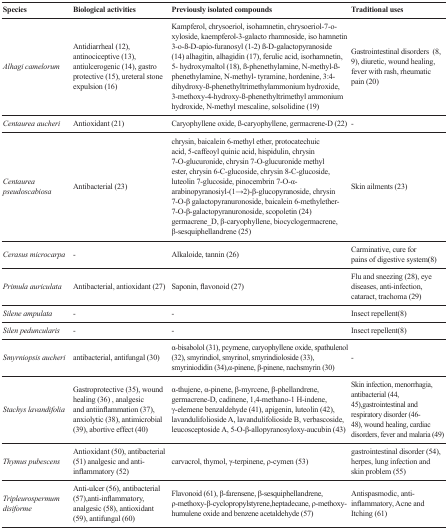
<table><thead><tr><td><b>Species</b></td><td><b>Biological activities</b></td><td><b>Previously isolated compounds</b></td><td><b>Traditional uses</b></td></tr></thead><tbody><tr><td><i>Alhagi camelorum</i></td><td>Antidiarrheal (12), antinociceptive (13), antiulcerogenic (14), gastro protective (15), ureteral stone expulsion (16)</td><td>Kampferol, chrysoeriol, isohamnetin, chrysoeriol-7-o-xyloside, kaempferol-3-galacto rhamnoside, iso hamnetin 3-o-ß-D-apio-furanosyl (1-2) ß-D-galactopyranoside (14) alhagitin, alhagidin (17), ferulic acid, isorhamnetin, 5- hydroxymaltol (18), ß-phenethylamine, N-methyl-ß-phenethylamine, N-methyl- tyramine, hordenine, 3:4- dihydroxy-ß-phenethyltrimethylammonium hydroxide, 3-methoxy-4-hydroxy-ß-phenethyltrimethyl ammonium hydroxide, N-methyl mescaline, solsolidine (19)</td><td>Gastrointestinal disorders (8, 9), diuretic, wound healing, fever with rash, rheumatic pain (20)</td></tr><tr><td><i>Centaurea aucheri</i></td><td>Antioxidant (21)</td><td>Caryophyllene oxide, ß-caryophyllene, germacrene-D (22)</td><td>-</td></tr><tr><td><i>Centaurea pseudoscabiosa</i></td><td>Antibacterial (23)</td><td>chrysin, baicalein 6-methyl ether, protocatechuic acid, 5-caffeoyl quinic acid, hispidulin, chrysin 7-O-glucuronide, chrysin 7-O-glucuronide methyl ester, chrysin 6-C-glucoside, chrysin 8-C-glucoside, luteolin 7-glucoside, pinocembrin 7-O-α-arabinopyranosiyl-(1→2)-β-glucopyranoside, chrysin 7-O-β galactopyranuronoside, baicalein 6-methylether-7-O-β-galactopyranuronoside, scopoletin (24) germacrene_D, β-caryophyllene, biocyclogermacrene, β-sesquiphellandrene (25)</td><td>Skin ailments (23)</td></tr><tr><td><i>Cerasus microcarpa</i></td><td>-</td><td>Alkaloide, tannin (26)</td><td>Carminative, cure forpains of digestive system(8)</td></tr><tr><td><i>Primula auriculata</i></td><td>Antibacterial, antioxidant (27)</td><td>Saponin, flavonoid (27)</td><td>Flu and sneezing (28), eye diseases, anti-infection, cataract, trachoma (29)</td></tr><tr><td><i>Silene ampulata</i></td><td>-</td><td>-</td><td>Insect repellent(8)</td></tr><tr><td><i>Silen peduncularis</i></td><td>-</td><td>-</td><td>Insect repellent(8)</td></tr><tr><td><i>Smyrniopsis aucheri</i></td><td>antibacterial, antifungal (30)</td><td>α-bisabolol (31), pcymene, caryophyllene oxide, spathulenol (32), smyrindiol, smyrinol, smyrindioloside (33), smyriniodidin (34),α-pinene, β-pinene, nachsmyrin (30)</td><td>-</td></tr><tr><td><i>Stachys lavandifolia</i></td><td>Gastroprotective (35), wound healing (36) , analgesic and antiinflammation (37), anxiolytic (38), antimicrobial (39), abortive effect (40)</td><td>α-thujene, α-pinene, β-myrcene, β-phellandrene, germacrene-D, cadinene, 1,4-methano-1 H-indene, γ-elemene benzaldehyde (41), apigenin, luteolin (42), lavandulifolioside A, lavandulifolioside B, verbascoside, leucosceptoside A, 5-O-β-allopyranosyloxy-aucubin (43)</td><td>Skin infection, menorrhagia, antibacterial (44, 45),gastrointestinal and respiratory disorder (46-48), wound healing, cardiac disorders, fever and malaria (49)</td></tr><tr><td><i>Thymus pubescens</i></td><td>Antioxidant (50), antibacterial (51) analgesic and anti-inflammatory (52)</td><td>carvacrol, thymol, γ-terpinene, ρ-cymen (53)</td><td>gastrointestinal disorder (54), herpes, lung infection and skin problem (55)</td></tr><tr><td><i>Tripleurospermum disiforme</i></td><td>Anti-ulcer (56), antibacterial (57),anti-inflammatory, analgesic (58), antioxidant (59), antifungal (60)</td><td>Flavonoid (61), β-farensene, β-sesquiphellandrene, ρ-methoxy-β-cyclopropylstyrene,heptadecane, ρ-methoxy-humulene oxide and benzene acetaldehyde (57)</td><td>Antispasmodic, anti-inflammatory, Acne and Itching (61)</td></tr></tbody></table>